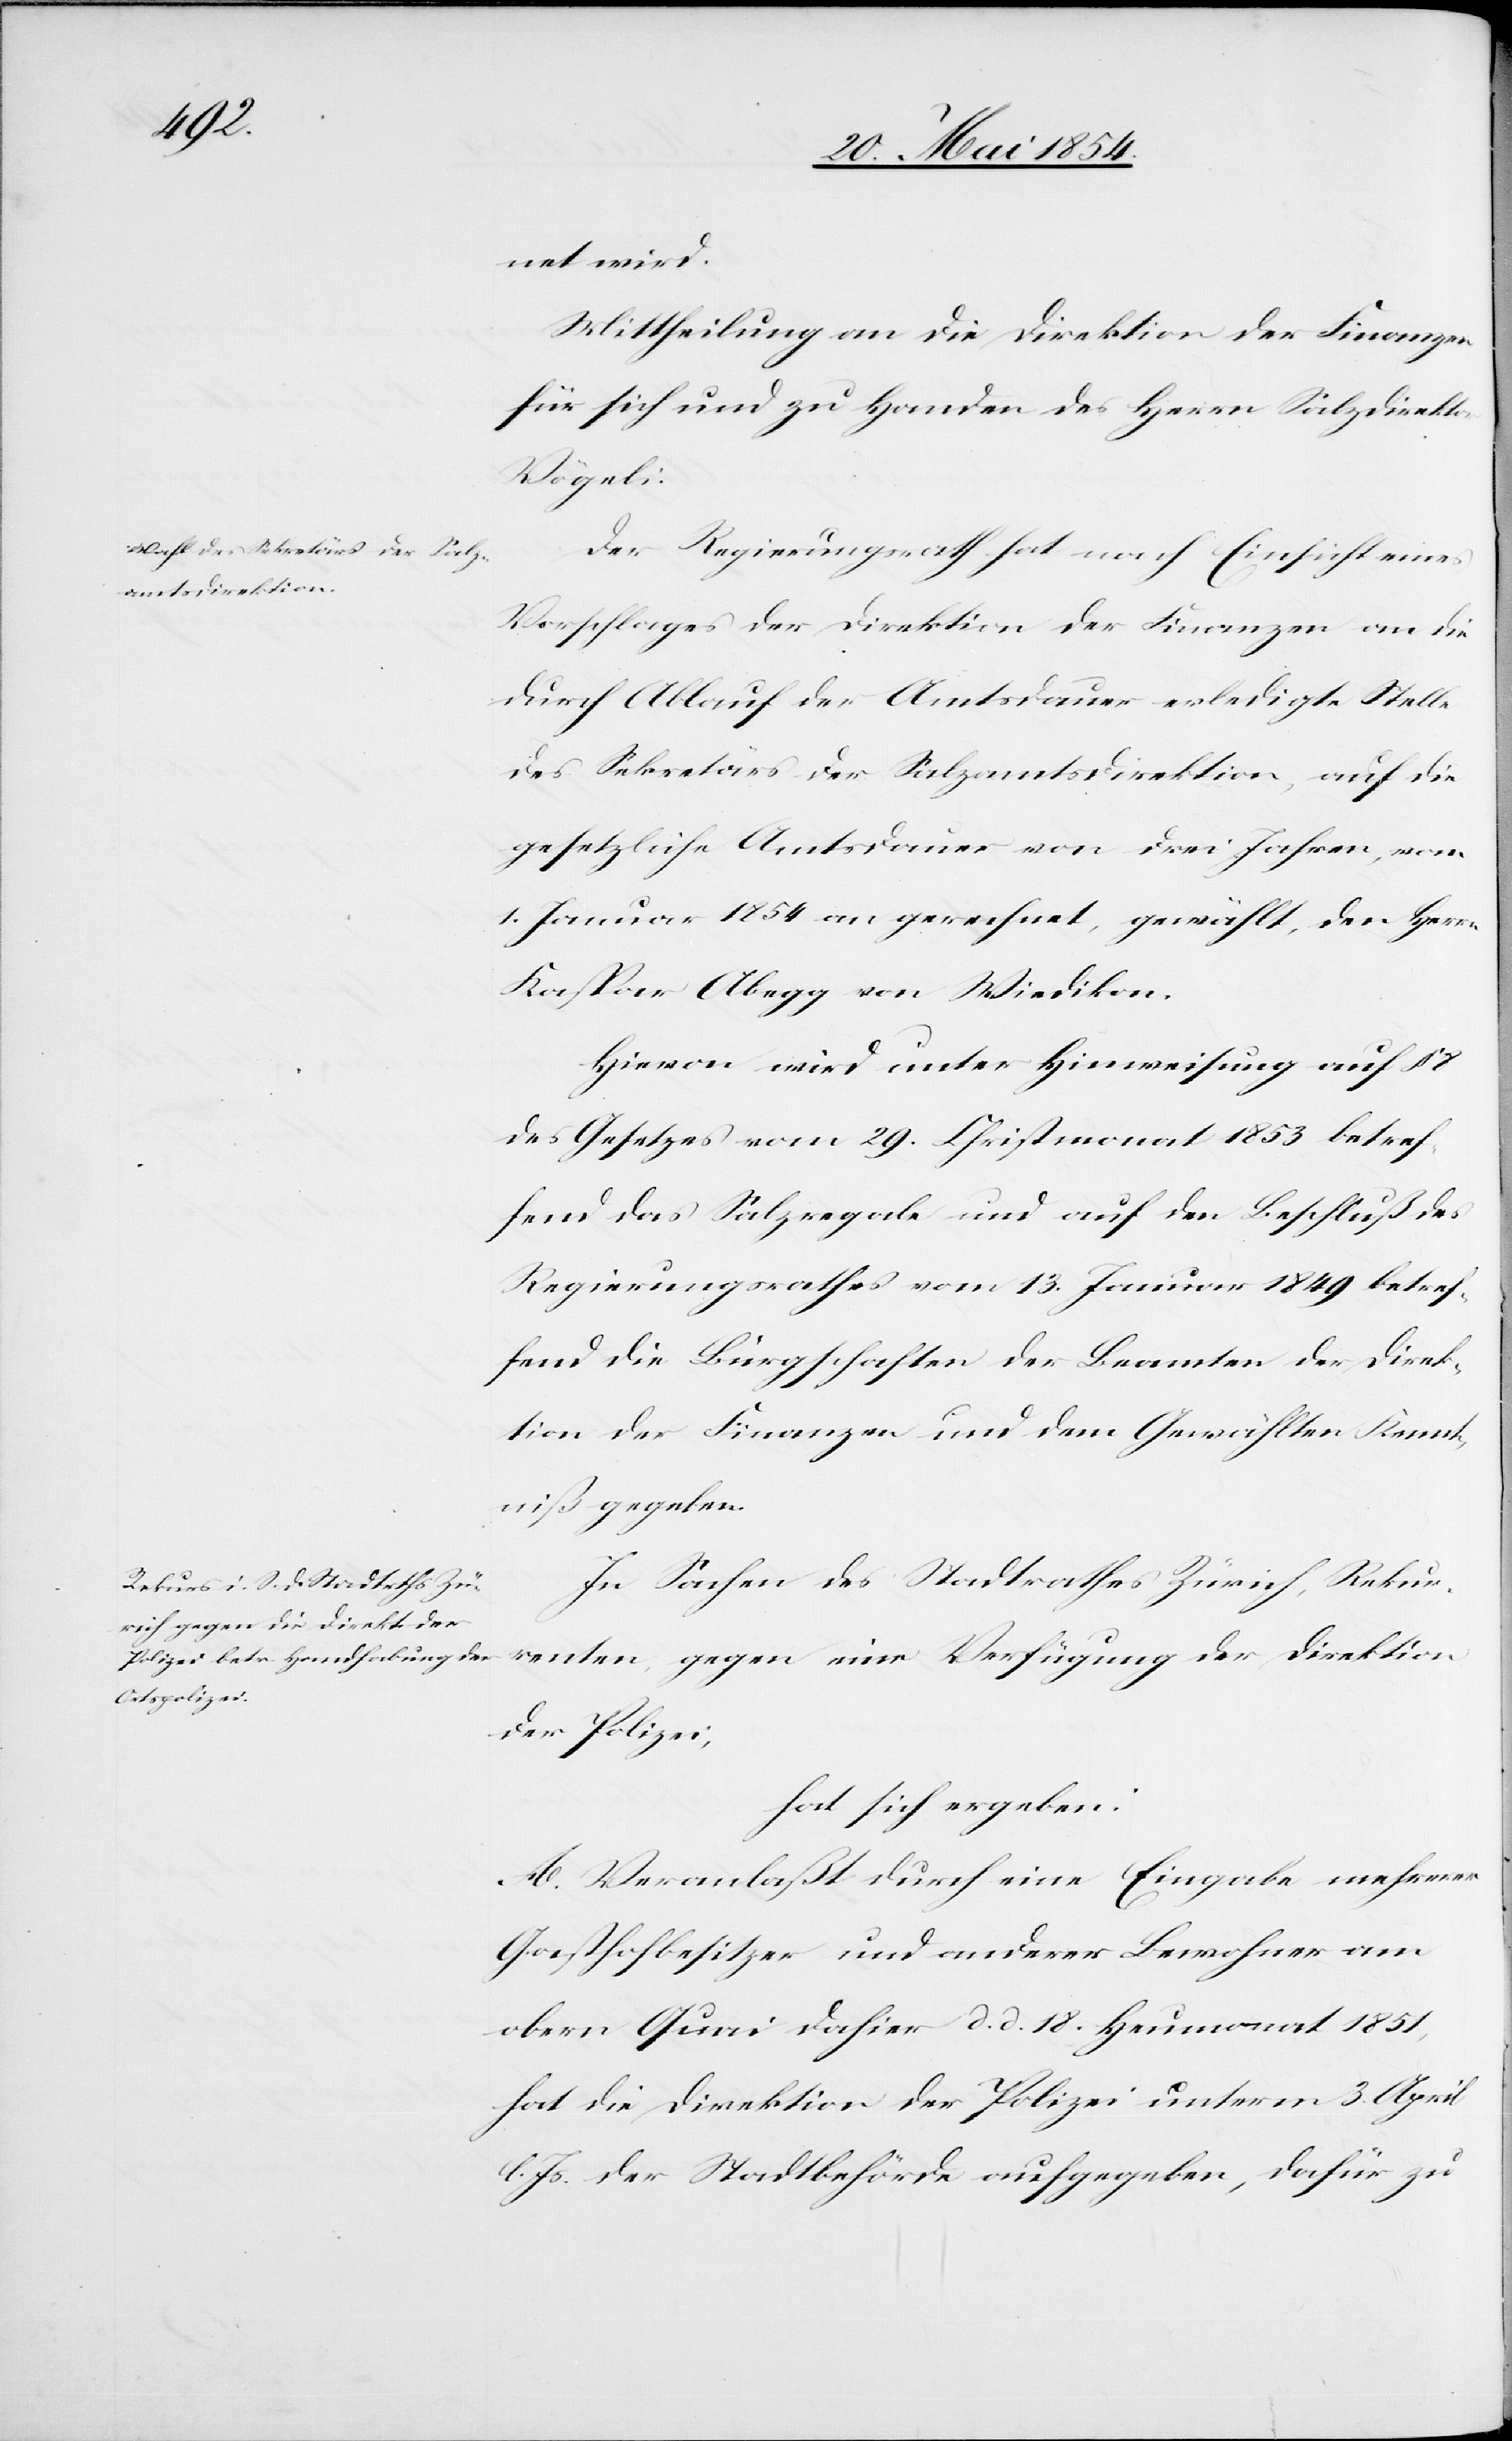
net wird.
Mittheilung an die Direktion der Finanzen
für sich und zu Handen des Herrn Salzdirektor
Vögeli.
Der Regierungsrath hat nach Einsicht eines
Vorschlages der Direktion der Finanzen an die
durch Ablauf der Amtsdauer erledigte Stelle
des Sekretärs der Salzamtsdirektion, auf die
gesetzliche Amtsdauer von drei Jahren, vom
1. Januar 1854 an gerechnet, gewählt, den Herrn
Kaspar Abegg von Wiedikon.
Hievon wird unter Hinweisung auf §
des Gesetzes vom 29. Christmonat 1853 betref¬
fend das Salzregale und auf den Beschluß des
Regierungsrathes vom 13. Januar 1849 betref¬
fend die Bürgschaften der Beamten der Direk¬
tion der Finanzen und dem Gewählten Kennt¬
niß gegeben.
In Sachen des Stadtrathes Zürich, Rekur¬
renten, gegen eine Verfügung der Direktion
der Polizei,
hat sich ergeben:
A. Veranlaßt durch eine Eingabe mehrerer
Gasthofbesitzer und anderer Bewohner am
obern Quai dahier d. d. 18. Heumonat 1851,
hat die Direktion der Polizei unterm 3. April
l. Js. der Stadtbehörde aufgegeben, dafür zu